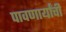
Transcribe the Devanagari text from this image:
पावणार्यांची